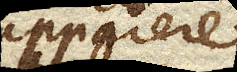
apparere